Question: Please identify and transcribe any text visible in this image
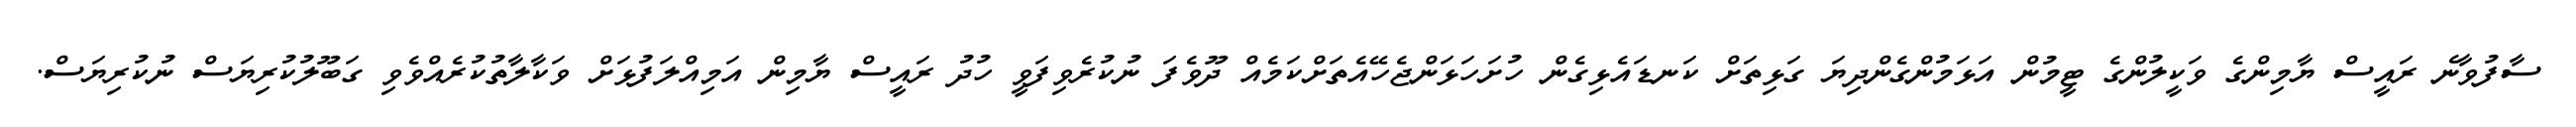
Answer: ސާފުވާނެ ރައީސް ޔާމިންގެ ވަކީލުންގެ ޓީމުން އަޅަމުންގެންދިޔަ ގަޅިތަށް ކަނޑައެޅިގެން ހުށަހަޅަންޖެހޭއެތަށްކަމެއް ދޫވެފަ ނުކުރެވިފަވީ ހުދު ރައީސް ޔާމިން އަމިއްލަފުޅަށް ވަކާލާތުކުރެއްވެވި ގަބޫލުކުރިޔަސް ނުކުރިޔަސް.